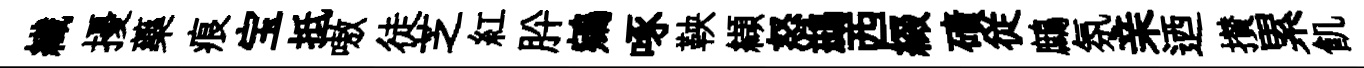
纎擾藥痕宝抵嗷徒芝紅肸鵷啄鞅纈怒鷀西綴磧従鷓氛亲迺攅累飢